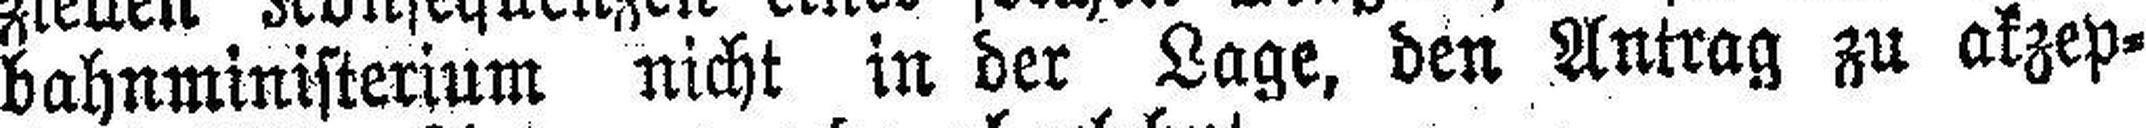
bahnministerium nicht in der Lage, den Antrag zu akzep¬